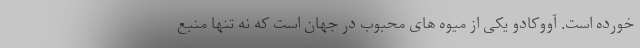
خورده است. آووکادو یکی از میوه های محبوب در جهان است که نه تنها منبع